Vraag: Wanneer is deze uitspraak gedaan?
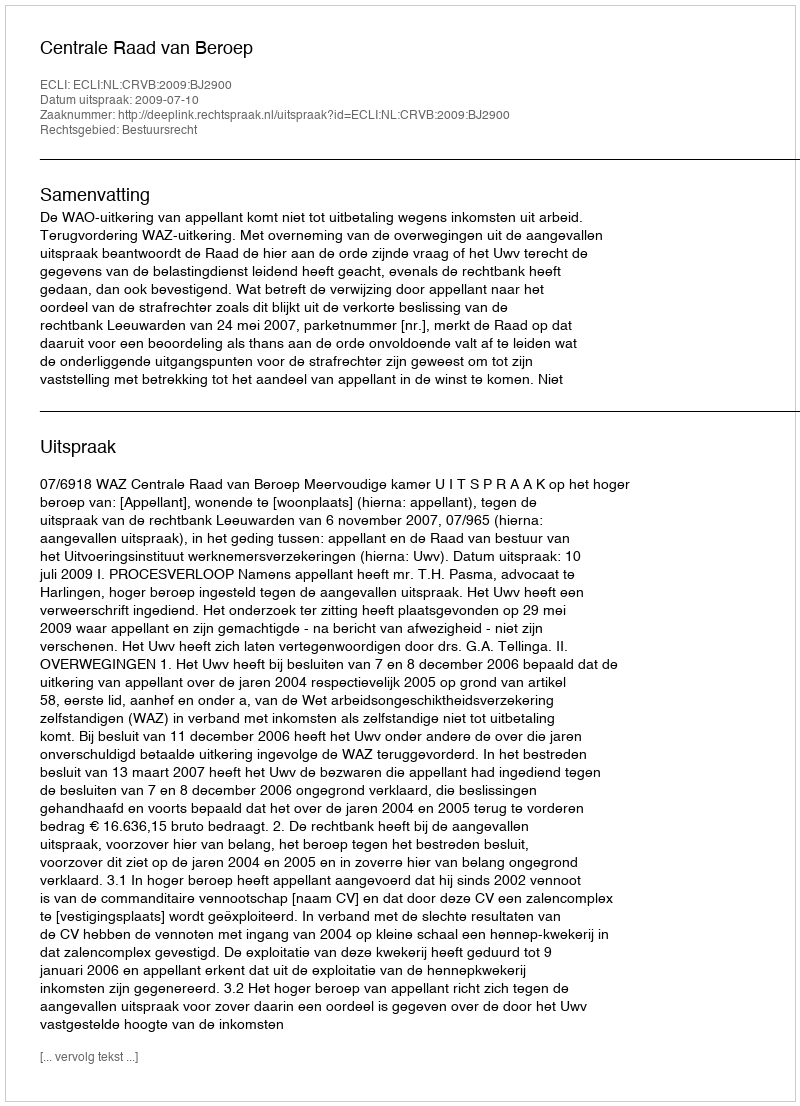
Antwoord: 2009-07-10